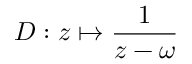
D : z \mapsto \frac { 1 } { z - \omega }